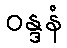
ဝန္ဒနံ